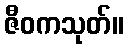
ဇီဝကသုတ်။